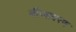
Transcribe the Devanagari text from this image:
बीजावरण